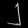
Digit: ၂